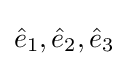
{\hat {e}}_{1},{\hat {e}}_{2},{\hat {e}}_{3}